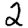
Digit: 2